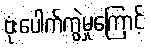
ဗုံးပေါက်ကွဲမှုကြောင့်